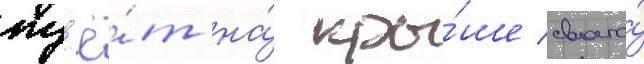
жд'ё́т на́ кры́ше своего́